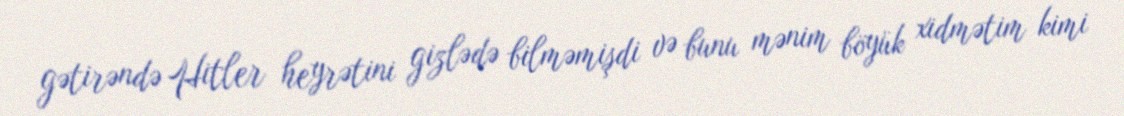
gətirəndə Hitler heyrətini gizlədə bilməmişdi və bunu mənim böyük xidmətim kimi